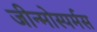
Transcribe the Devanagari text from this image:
जीन्मोस्पर्मस